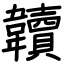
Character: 韥